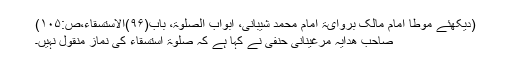
(دیکھئے مؤطا امام مالک بروایۃ امام محمد شیبانی، ابواب الصلوٰۃ، باب(۹۶)الاستسقاء،ص:۱۰۵)
صاحبِ ھدایہ مرغینانی حنفی نے کہا ہے کہ صلوٰۃ استسقاء کی نماز منقول نہیں۔